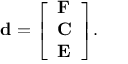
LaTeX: \mathbf { d } = { \left[ \begin{array} { l } { \mathbf { F } } \\ { \mathbf { C } } \\ { \mathbf { E } } \end{array} \right] } .